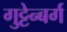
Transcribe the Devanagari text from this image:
गुट्टेन्बर्ग